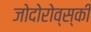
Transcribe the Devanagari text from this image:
जोदोरोव्स्की